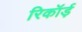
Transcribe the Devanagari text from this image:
रिकॉर्ड़